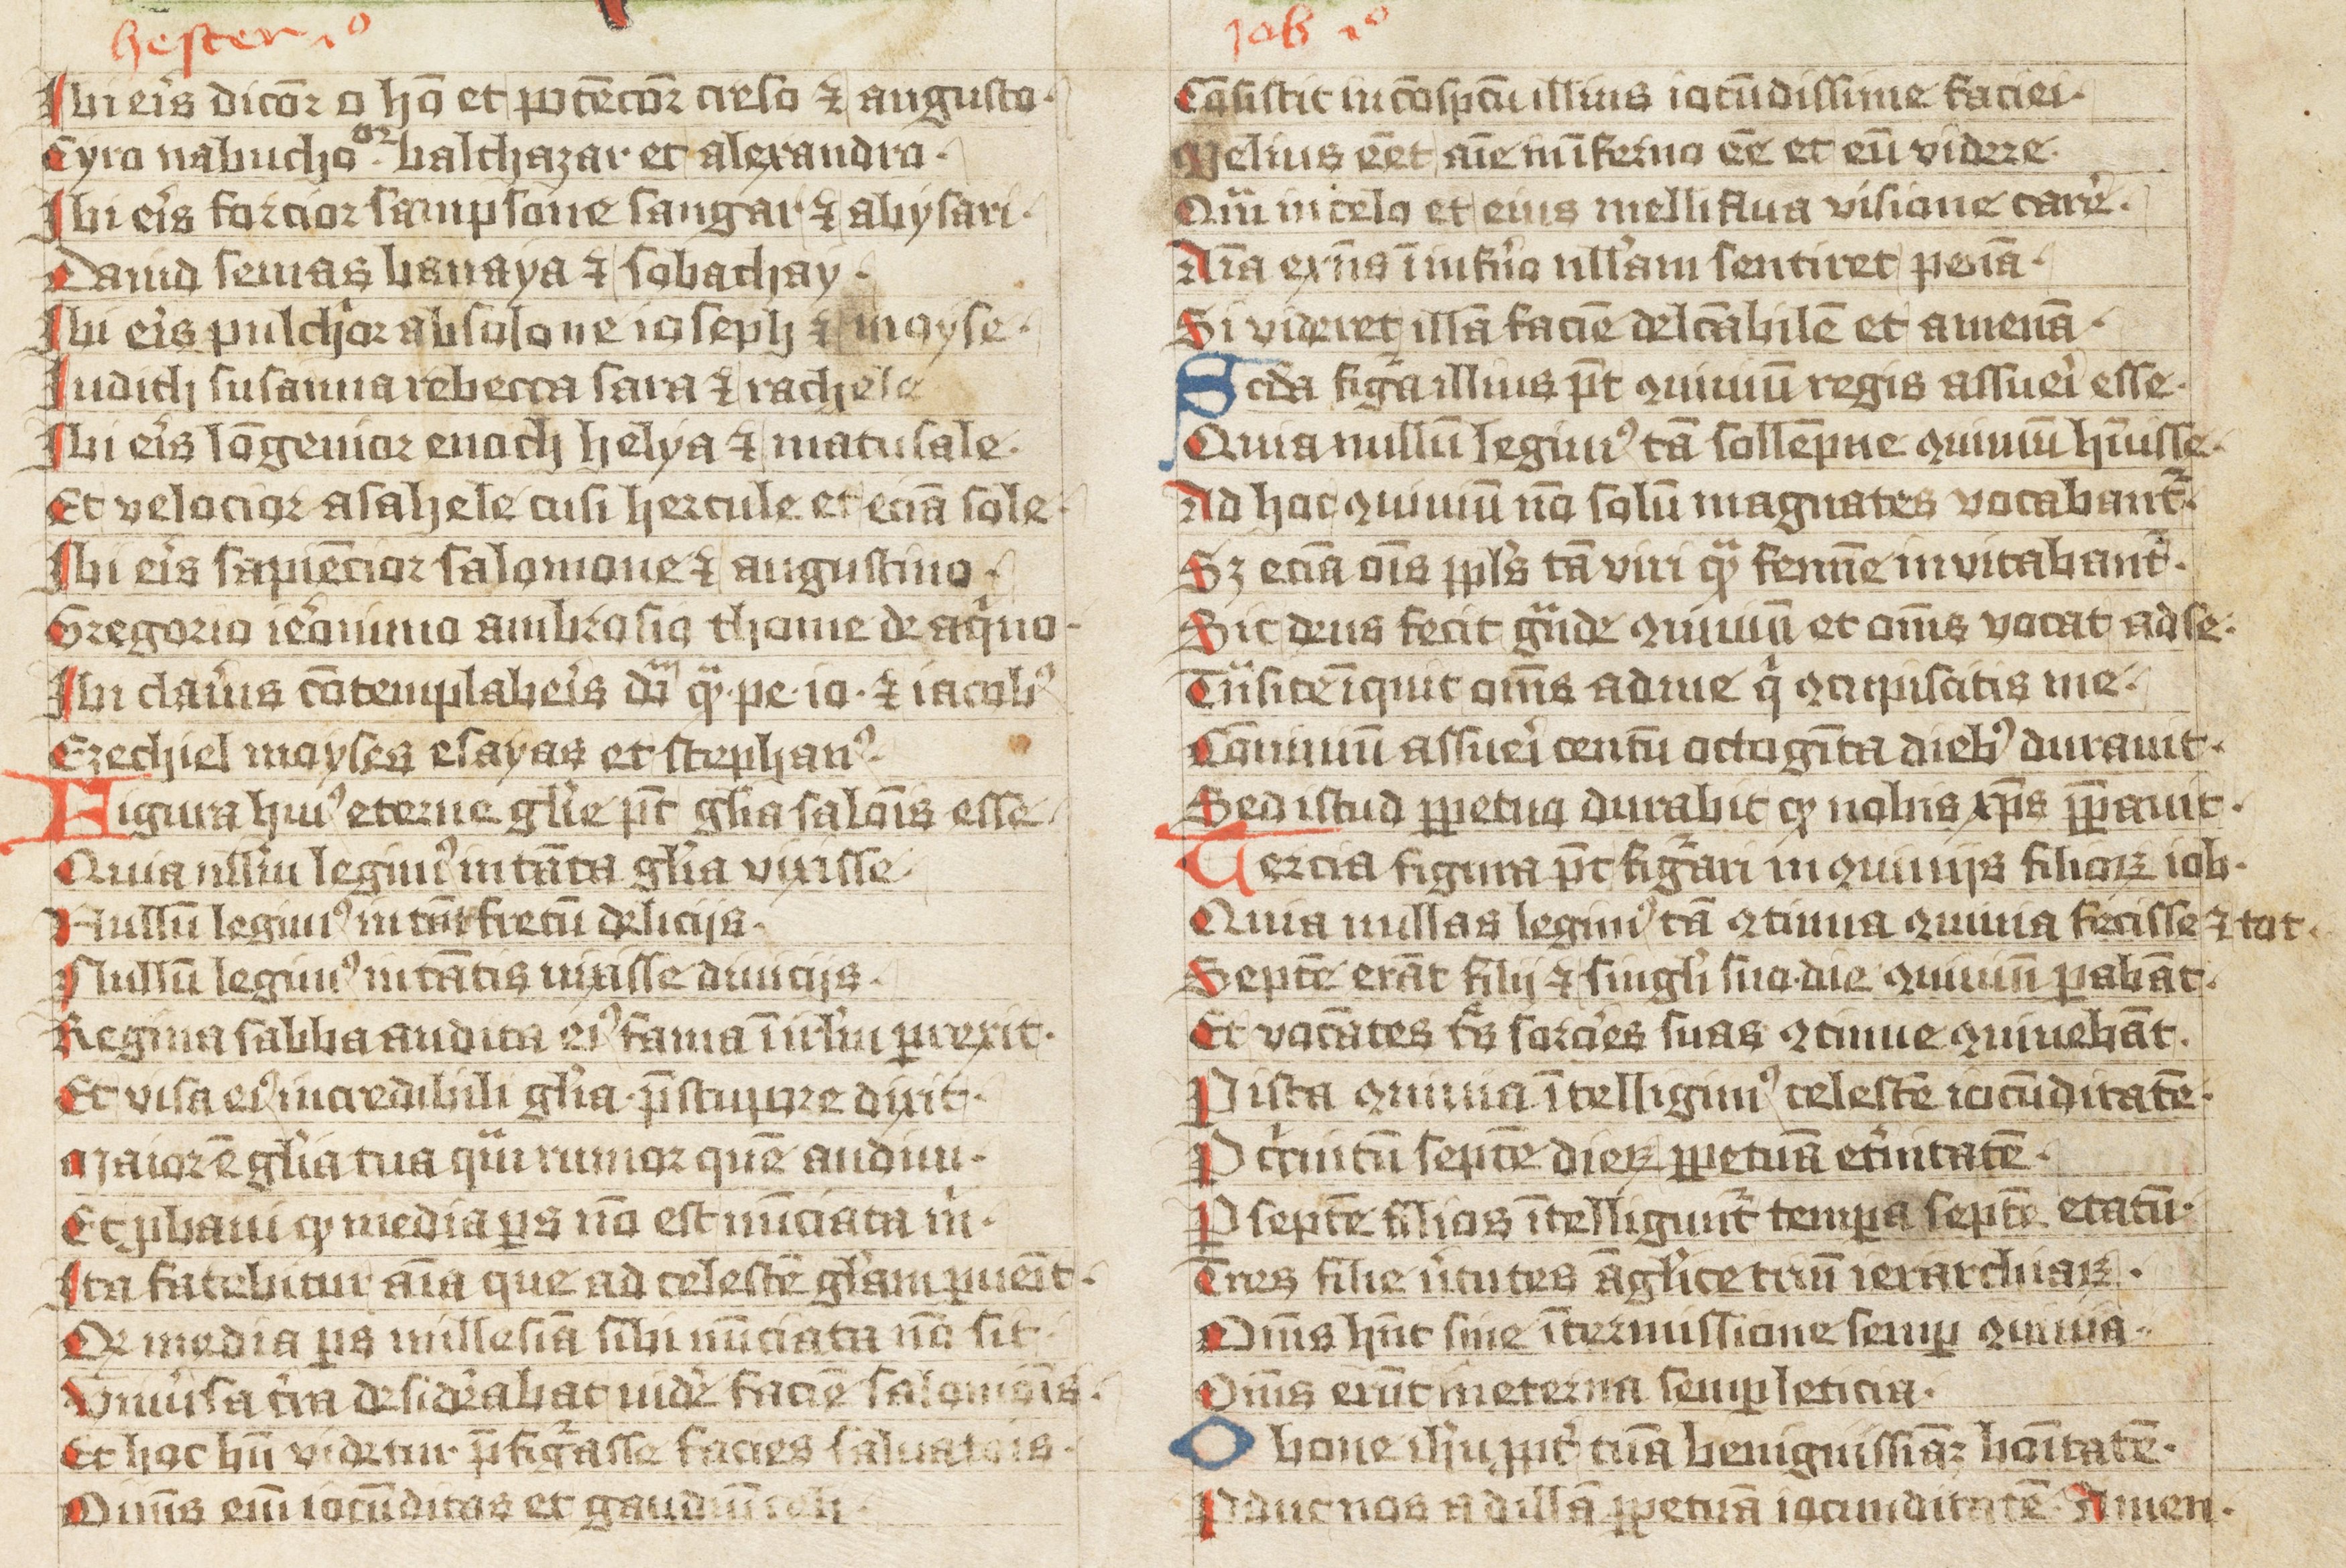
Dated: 1427–1427